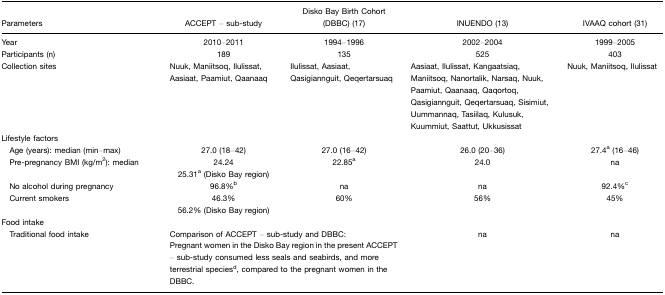
| Parameters | ACCEPT – sub-study | Disko Bay Birth Cohort (DBBC) (17) | INUENDO (13) | IVAAQ cohort (31) |
 | --- | --- | --- | --- | --- |
 | Year | 2010–2011 | 1994–1996 | 2002–2004 | 1999–2005 |
 | Participants (n) | 189 | 135 | 525 | 403 |
 | Collection sites | Nuuk, Maniitsoq, Ilulissat, Aasiaat, Paamiut, Qaanaaq | Ilulissat, Aasiaat, Qasigiannguit, Qeqertarsuaq | Aasiaat, Ilulissat, Kangaatsiaq, Maniitsoq, Nanortalik, Narsaq, Nuuk, Paamiut, Qaanaaq, Qaqortoq, Qasigiannguit, Qeqertarsuaq, Sisimiut, Uummannaq, Tasiilaq, Kulusuk, Kuummiut, Saattut, Ukkusissat | Nuuk, Maniitsoq, Ilulissat |
 | <COLSPAN=5> Lifestyle factors |
 | Age (years): median (min–max) | 27.0 (18–42) | 27.0 (16–42) | 26.0 (20–36) | 27.4a (16–46) |
 | Pre-pregnancy BMI (kg/m2): median | 24.2425.31a (Disko Bay region) | 22.85a | 24.0 | na |
 | No alcohol during pregnancy | 96.8%b | na | na | 92.4%c |
 | Current smokers | 46.3%56.2% (Disko Bay region) | 60% | 56% | 45% |
 | <COLSPAN=5> Food intake |
 | Traditional food intake | <COLSPAN=2> Comparison of ACCEPT – sub-study and DBBC: Pregnant women in the Disko Bay region in the present ACCEPT – sub-study consumed less seals and seabirds, and more terrestrial speciesd, compared to the pregnant women in the DBBC. | na | na |